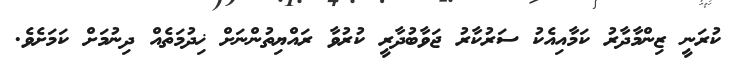
ކުރަނީ ޒިންމާދާރު ކަމާއިއެކު ސަރުކާރު ޖަވާބުދާރީ ކުރުވާ ރައްޔިތުންނަށް ޚިދުމަތެއް ދިނުމަށް ކަމަށެވެ.